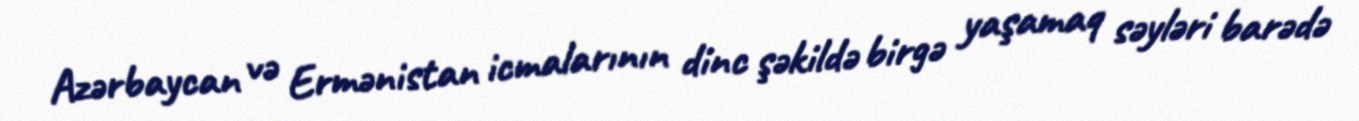
Azərbaycan və Ermənistan icmalarının dinc şəkildə birgə yaşamaq səyləri barədə